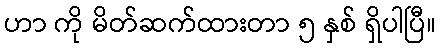
ဟာ ကို မိတ်ဆက်ထားတာ ၅ နှစ် ရှိပါပြီ။